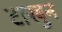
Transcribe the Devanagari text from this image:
टाखुन